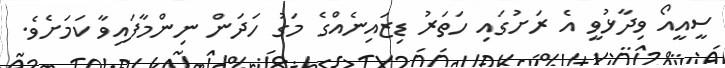
ސީއީއޯ ވިދާޅުވީ އެ ރަށުގައި ހަތަރު ޑިޒައިނެއްގެ މަގު ހަދަން ނިންމާފައިވާ ކަމަށެވެ.